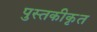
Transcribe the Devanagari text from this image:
पुस्तकीकृत